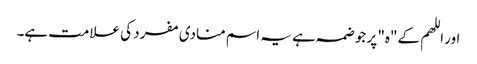
اور اللھم کے"ہ" پر جو ضمہ ہے یہ اسم منادی مفرد کی علامت ہے۔